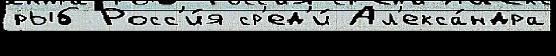
рыб Росс'и́я ср'ед'и́ Ал'екса́ндра